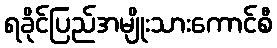
ရခိုင်ပြည်အမျိုးသားကောင်စီ